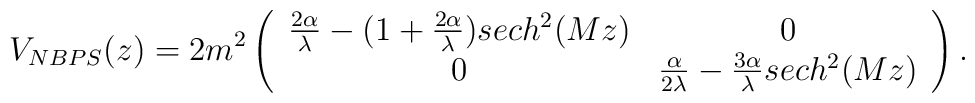
V_{NBPS}(z)=2m^2\left(\begin{array}{cc}\frac{2\alpha}{\lambda}-(1+\frac{2\alpha}{\lambda})sech^2(Mz)&0 \\0&\frac{\alpha}{2\lambda}-\frac{3\alpha}{\lambda}sech^2(Mz)\end{array}\right).